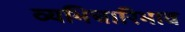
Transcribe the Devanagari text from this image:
व्यभिचारिभाव